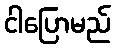
ငါပြောမည်